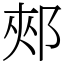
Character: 郟